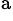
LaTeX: ^\mathrm{a}